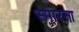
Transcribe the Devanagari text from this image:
स्मारना